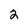
Character: 2